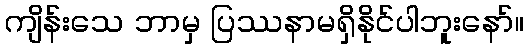
ကျိန်းသေ ဘာမှ ပြဿနာမရှိနိုင်ပါဘူးနော်။